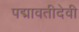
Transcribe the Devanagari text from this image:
पद्मावतीदेवी